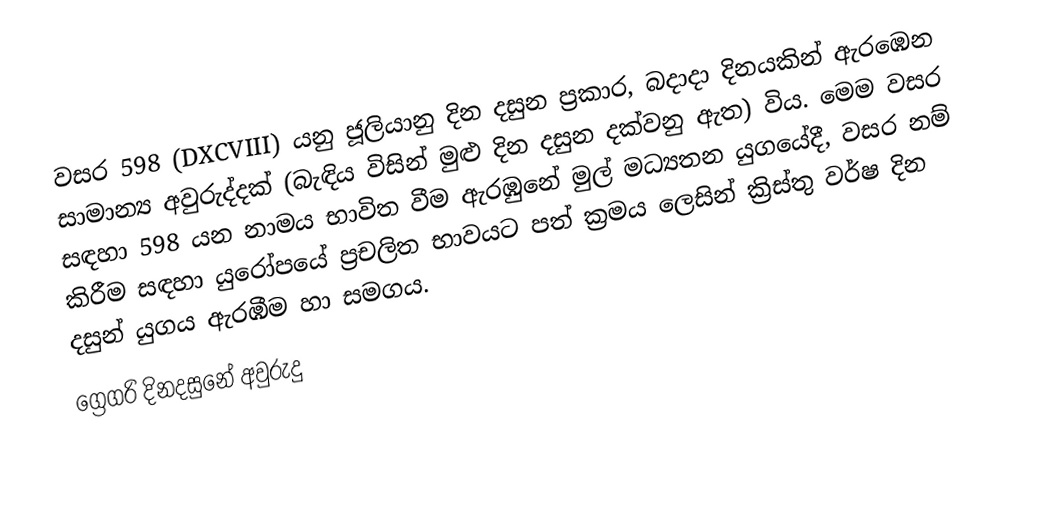
වසර  598 (DXCVIII) යනු ජූලියානු දින දසුන ප්‍රකාර,   බදාදා දිනයකින් ඇරඹෙන සාමාන්‍ය අවුරුද්දක් (බැඳිය විසින් මුළු දින දසුන දක්වනු ඇත) විය. මෙම වසර සඳහා 598 යන නාමය භාවිත වීම ඇරඹුනේ මුල් මධ්‍යතන යුගයේදී, වසර නම් කිරීම සඳහා යුරෝපයේ ප්‍රචලිත භාවයට පත් ක්‍රමය ලෙසින් ක්‍රිස්තු වර්ෂ දින දසුන් යුගය ඇරඹීම හා සමගය.
ග්‍රෙගරි දිනදසුනේ අවුරුදු